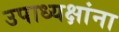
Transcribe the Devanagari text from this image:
उपाध्यक्षांना